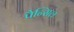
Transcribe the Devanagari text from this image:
पैन्सिल